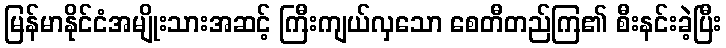
မြန်မာနိုင်ငံအမျိုးသားအဆင့် ကြီးကျယ်လှသော စေတီတည်ကြ၏ စီးနင်းခဲ့ပြီး